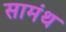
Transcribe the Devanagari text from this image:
सामंथ